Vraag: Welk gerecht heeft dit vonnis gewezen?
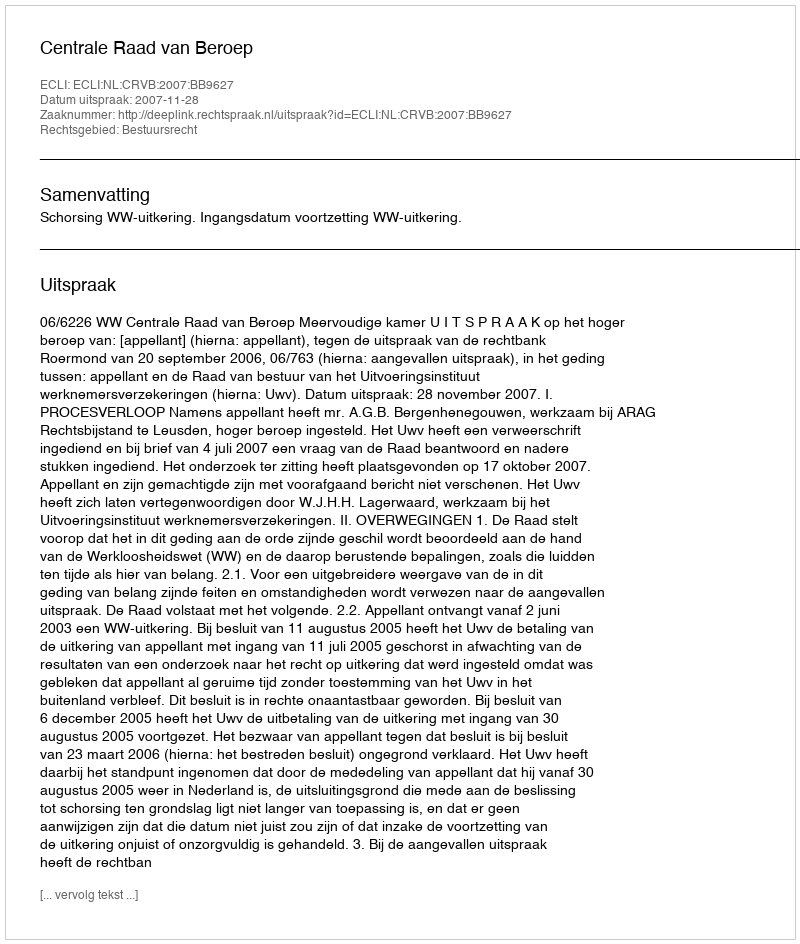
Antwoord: Centrale Raad van Beroep